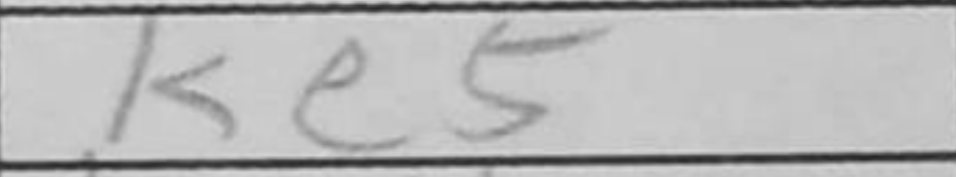
Transcription: Ke5